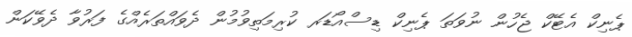
ޕެނިކް އެޓޭކް ޖެހުން ނުވަތަ ޕެނިކް ޑިސްއޯޑަރ ކުރިމަތިވުމުން ދެވައްތަރެއްގެ ފަރުވާ ދެވޭކަން